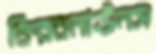
ফিরবনাঊনস